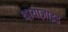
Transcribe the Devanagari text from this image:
थायाज़ाइड